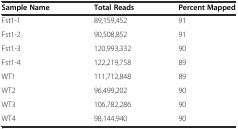
<table><thead><tr><td><b>Sample Name</b></td><td><b>Total Reads</b></td><td><b>Percent Mapped</b></td></tr></thead><tbody><tr><td>Fst1-1</td><td>89,159,452</td><td>91</td></tr><tr><td>Fst1-2</td><td>90,508,852</td><td>91</td></tr><tr><td>Fst1-3</td><td>120,993,332</td><td>90</td></tr><tr><td>Fst1-4</td><td>122,219,758</td><td>89</td></tr><tr><td>WT1</td><td>111,712,848</td><td>89</td></tr><tr><td>WT2</td><td>96,499,202</td><td>90</td></tr><tr><td>WT3</td><td>106,782,286</td><td>90</td></tr><tr><td>WT4</td><td>98,144,940</td><td>90</td></tr></tbody></table>